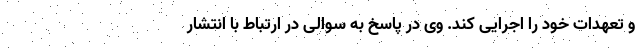
و تعهدات خود را اجرایی کند. وی در پاسخ به سوالی در ارتباط با انتشار